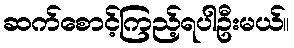
ဆက်စောင့်ကြည့်ရပါဦးမယ်။